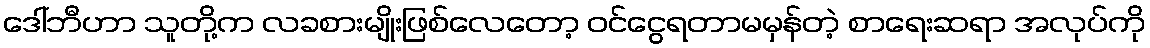
ဒေါ်ဘီဟာ သူတို့က လခစားမျိုးဖြစ်လေတော့ ဝင်ငွေရတာမမှန်တဲ့ စာရေးဆရာ အလုပ်ကို